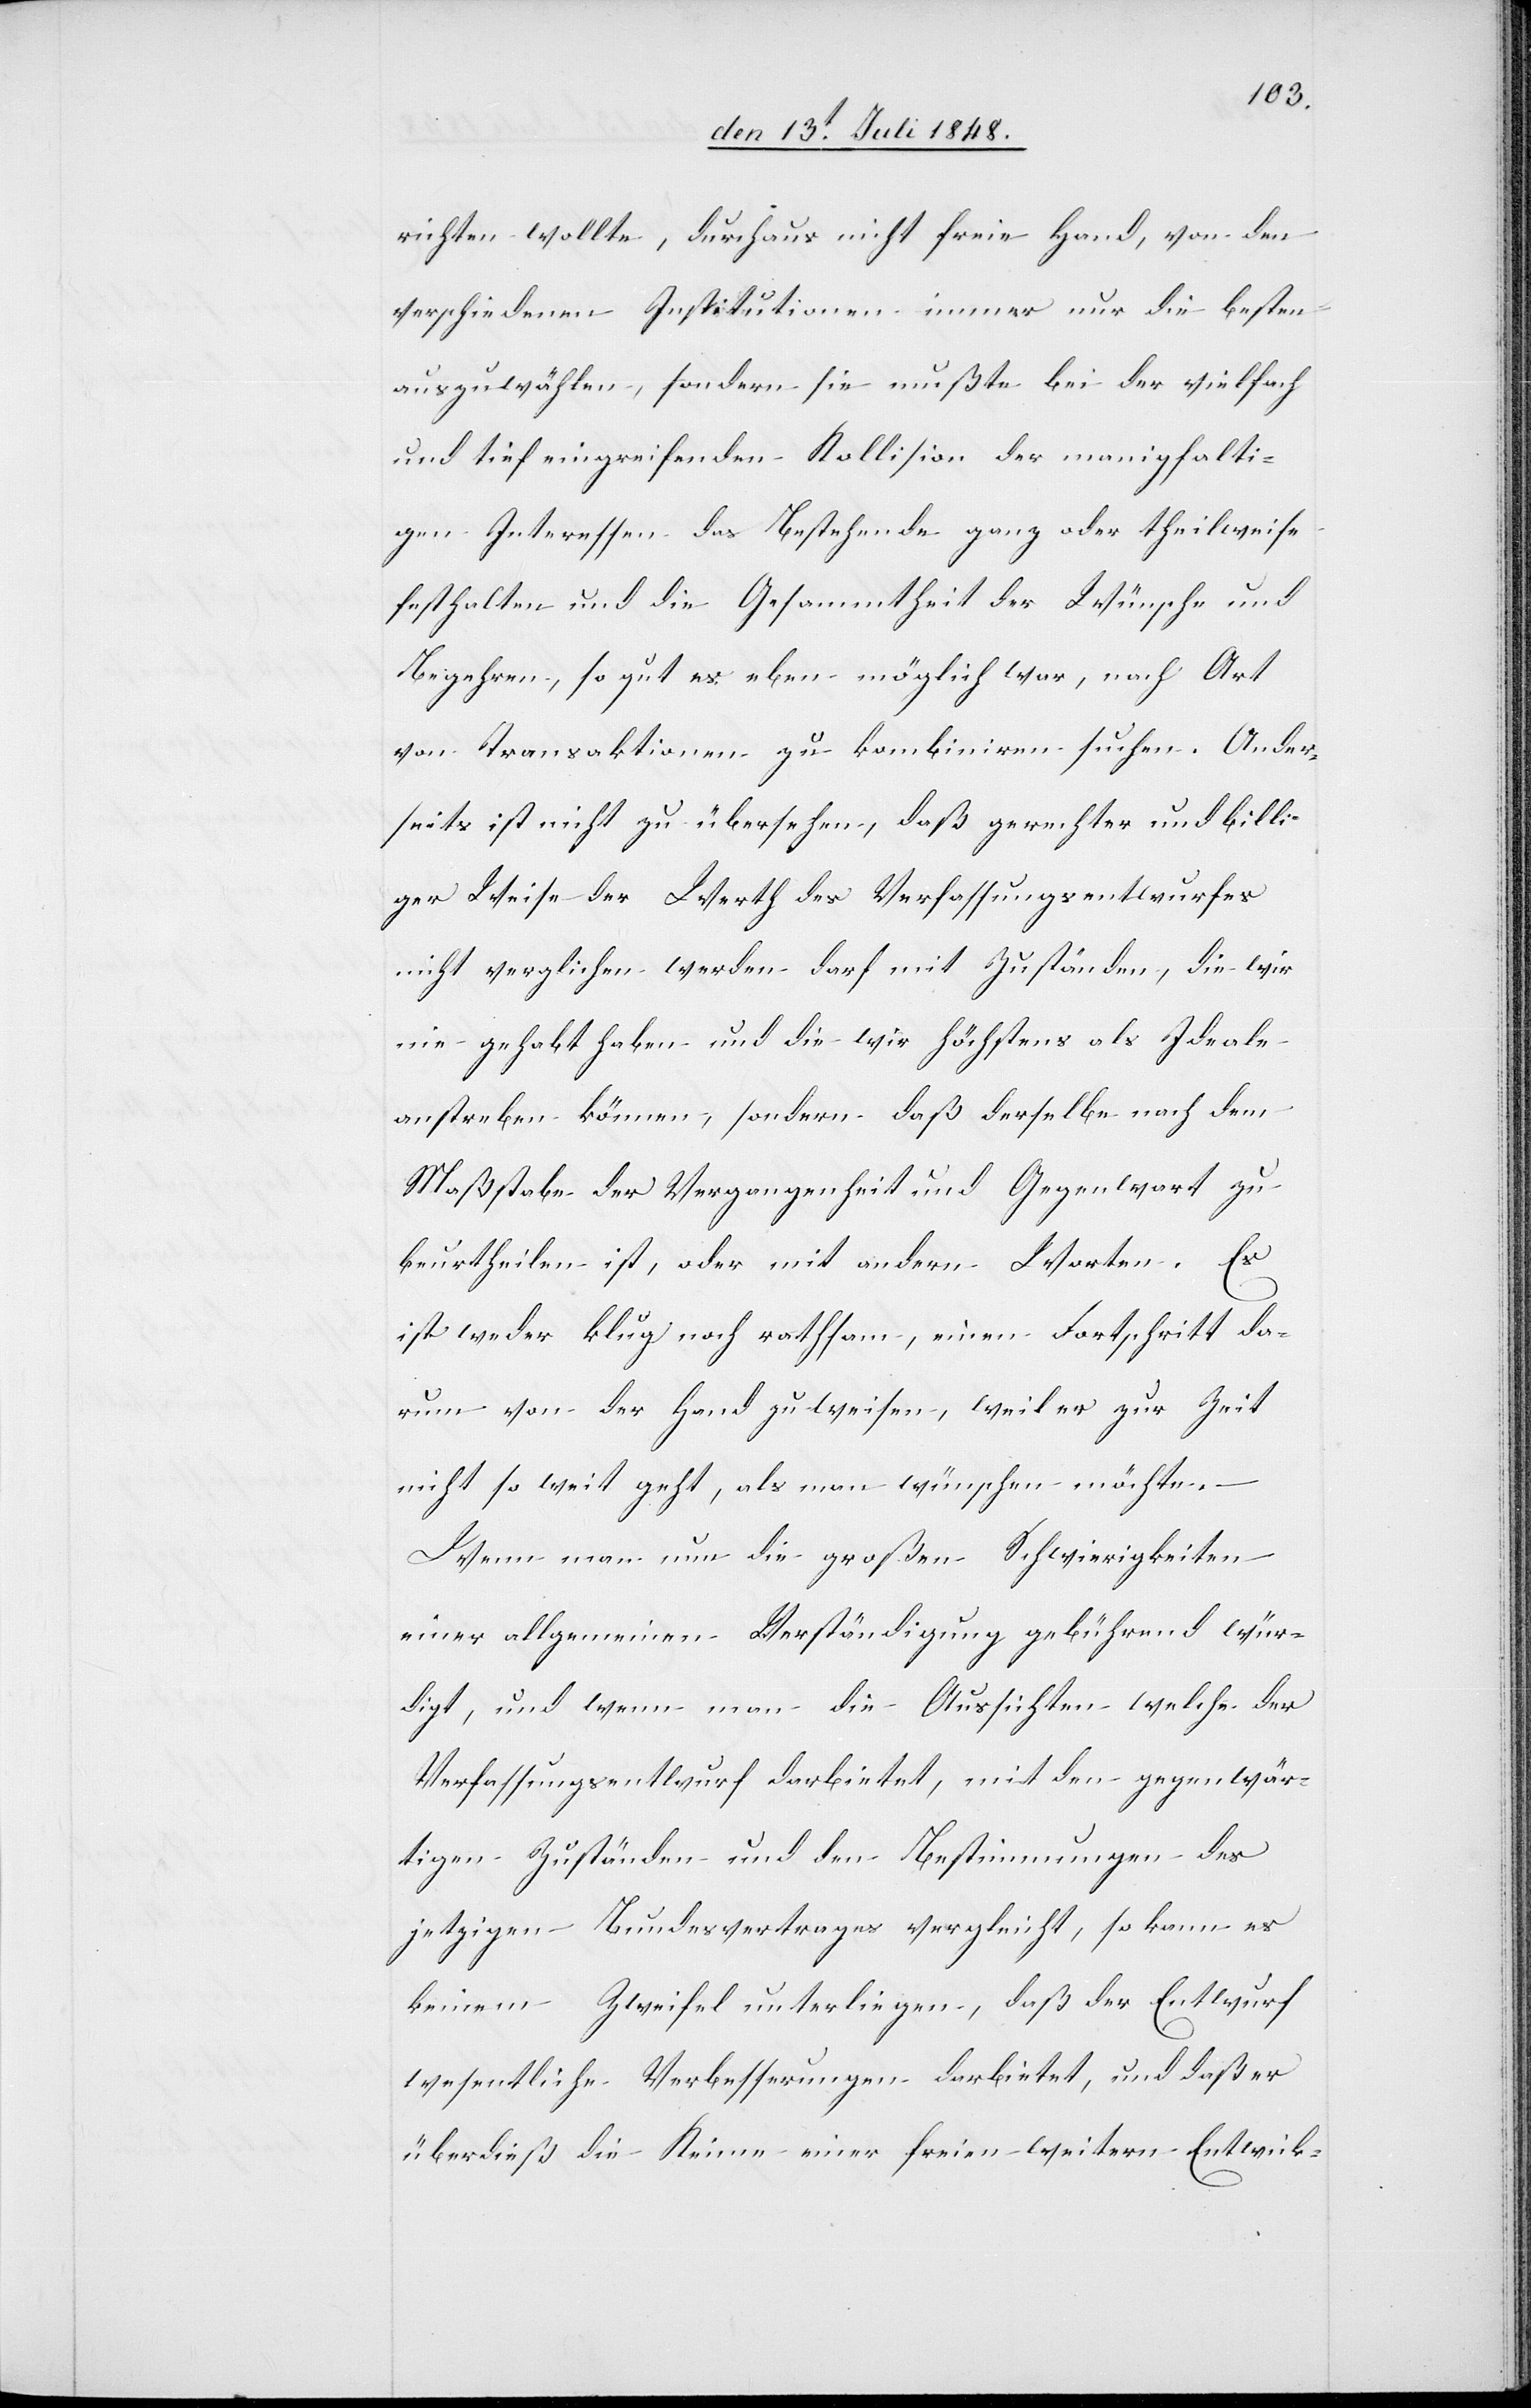
richten wollte, durchaus nicht freie Hand, von den
verschiedenen Institutionen immer nur die besten
auszuwählen, sondern sie mußte bei der vielfach
und tief greifenden Kollision der manigfalti¬
gen Interessen das Bestehende ganz oder theilweise
festhalten und die Gesammtheit der Wünsche und
Begehren, so gut es eben möglich war, nach Art
von Transaktionen zu kombiniren suchen. Ander¬
seits ist nicht zu übersehen, daß gerechter und billi¬
ger Weise der Werth des Verfassungsentwurfes
nicht verglichen werden darf mit Zuständen, die wir
nie gehabt haben und die wir höchsten als Ideale
anstreben können, sondern daß derselbe nach dem
Maßstabe der Vergangenheit und Gegenwart zu
beurtheilen ist, oder mit andern Worten. Es
ist weder klug noch rathsam, einen Fortschritt da¬
rum von der Hand zu weisen, weil er zur Zeit
nicht so weit geht, als man wünschen möchte.
Wenn man nun die großen Schwierigkeiten
einer allgemeinen Verständigung gebührend wür¬
digt, und wenn man die Aussichten welche der
Verfassungsentwurf darbietet, mit den gegenwär¬
tigen Zuständen und den Bestimmungen des
jetzigen Bundesvertrages vergleicht, so kann es
keinem Zweifel unterliegen, daß der Entwurf
wesentliche Verbesserungen darbietet, und daß er
überdieß die Keime einer freien weitern Entwick-